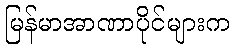
မြန်မာအာဏာပိုင်များက